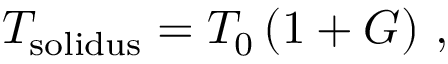
T _ { \mathrm { s o l i d u s } } = T _ { \mathrm { 0 } } \left( 1 + G \right) \, ,